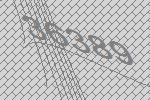
36389